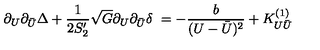
\partial _ { U } \partial _ { \bar { U } } \Delta + \frac { 1 } { 2 S _ { 2 } ^ { \prime } } \sqrt { G } \partial _ { U } \partial _ { \bar { U } } \delta \ = - \frac { b } { ( U - \bar { U } ) ^ { 2 } } + K _ { U \bar { U } } ^ { ( 1 ) } \